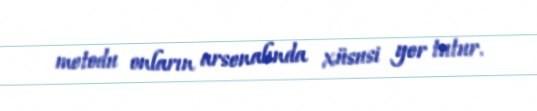
metodu onların arsenalında xüsusi yer tutur.